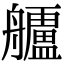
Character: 𮎗